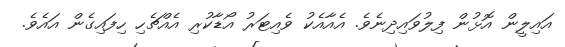
އައިލީން އޮޅުން ފިލުވައިދިނެވެ. އެއާއެކު ވެއިޓަރު އޯޑާކުރި އެއްޗެހި ހިފައިގެން އައެވެ.